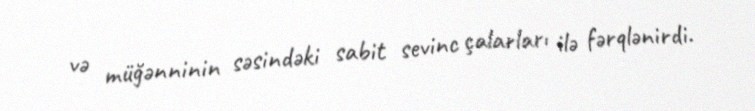
və müğənninin səsindəki sabit sevinc çalarları ilə fərqlənirdi.